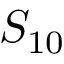
S _ { 1 0 }